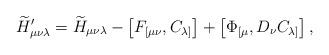
LaTeX: \begin{align*}{\widetilde H}'_{\mu\nu\lambda} = {\widetilde H}_{\mu\nu\lambda} - \left[F_{[\mu\nu}, C_{\lambda]}\right] + \left[\Phi_{[\mu}, D_{\nu}C_{\lambda]}\right],\end{align*}